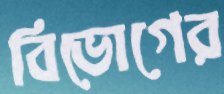
বিভোগের